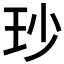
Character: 𤤉